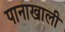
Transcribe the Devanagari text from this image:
पानाखाली